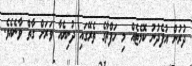
ދުރުން އުފެދުނު ކޮމެޓެއް މި ހަފްތާގެ ތެރޭގައި ދުނިޔެއާ ވަރަށް ގާތް ވާނެއެވެ.